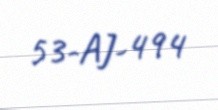
53-AJ-494